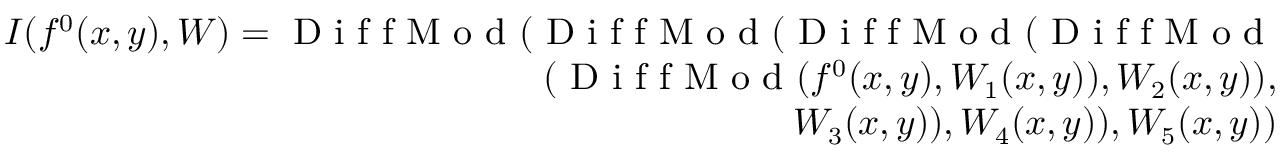
\small \begin{array} { r } { I ( f ^ { 0 } ( x , y ) , W ) = \mathrm { ~ D ~ i ~ f ~ f ~ M ~ o ~ d ~ } ( \mathrm { ~ D ~ i ~ f ~ f ~ M ~ o ~ d ~ } ( \mathrm { ~ D ~ i ~ f ~ f ~ M ~ o ~ d ~ } ( \mathrm { ~ D ~ i ~ f ~ f ~ M ~ o ~ d ~ } } \\ { ( \mathrm { ~ D ~ i ~ f ~ f ~ M ~ o ~ d ~ } ( f ^ { 0 } ( x , y ) , W _ { 1 } ( x , y ) ) , W _ { 2 } ( x , y ) ) , } \\ { W _ { 3 } ( x , y ) ) , W _ { 4 } ( x , y ) ) , W _ { 5 } ( x , y ) ) } \end{array}